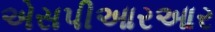
એસપીઆરઆર